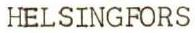
HELSINGFORS